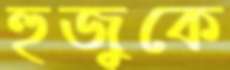
হুজুকে